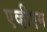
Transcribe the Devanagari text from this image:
एव्हीएम